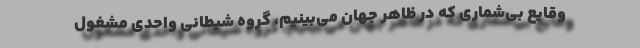
وقایعِ بی‌شماری که در ظاهر جهان می‌بینیم، گروه شیطانی واحدی مشغول